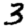
Digit: 3